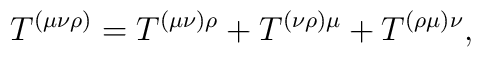
T^{(\mu \nu \rho )}=T^{(\mu \nu )\rho }+T^{(\nu \rho )\mu}+T^{(\rho \mu )\nu },